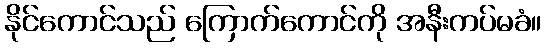
နိုင်ကောင်သည် ကြောက်ကောင်ကို အနီးကပ်မခံ။